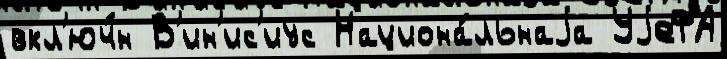
вкл'юч́н В'ин'ис'иус Национа́льнаjа УjеФА